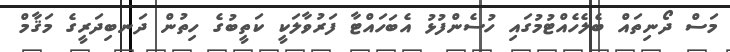
މަސް ދޯނިތައް ބެލެހެއްޓުމުގައި ހުސެންފުޅު އެބަހައްޓާ ފަރުވާލަކީ ކަތީބުގެ ހިތުން ދަނބިދަރީގެ މަޤާމް